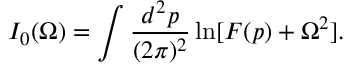
I _ { 0 } ( \Omega ) = \int \frac { d ^ { 2 } p } { ( 2 \pi ) ^ { 2 } } \ln [ F ( p ) + \Omega ^ { 2 } ] .